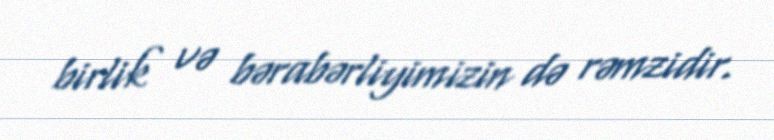
birlik və bərabərliyimizin də rəmzidir.